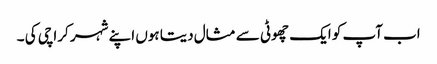
اب آپ کو ایک چھوٹی سے مثال دیتا ہوں اپنے شہر کراچی کی ۔